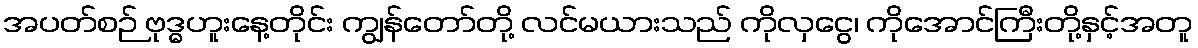
အပတ်စဉ် ဗုဒ္ဓဟူးနေ့တိုင်း ကျွန်တော်တို့ လင်မယားသည် ကိုလှငွေ၊ ကိုအောင်ကြီးတို့နှင့်အတူ